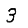
Digit: 3